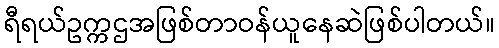
ရီရယ်ဥက္ကဌအဖြစ်တာဝန်ယူနေဆဲဖြစ်ပါတယ်။